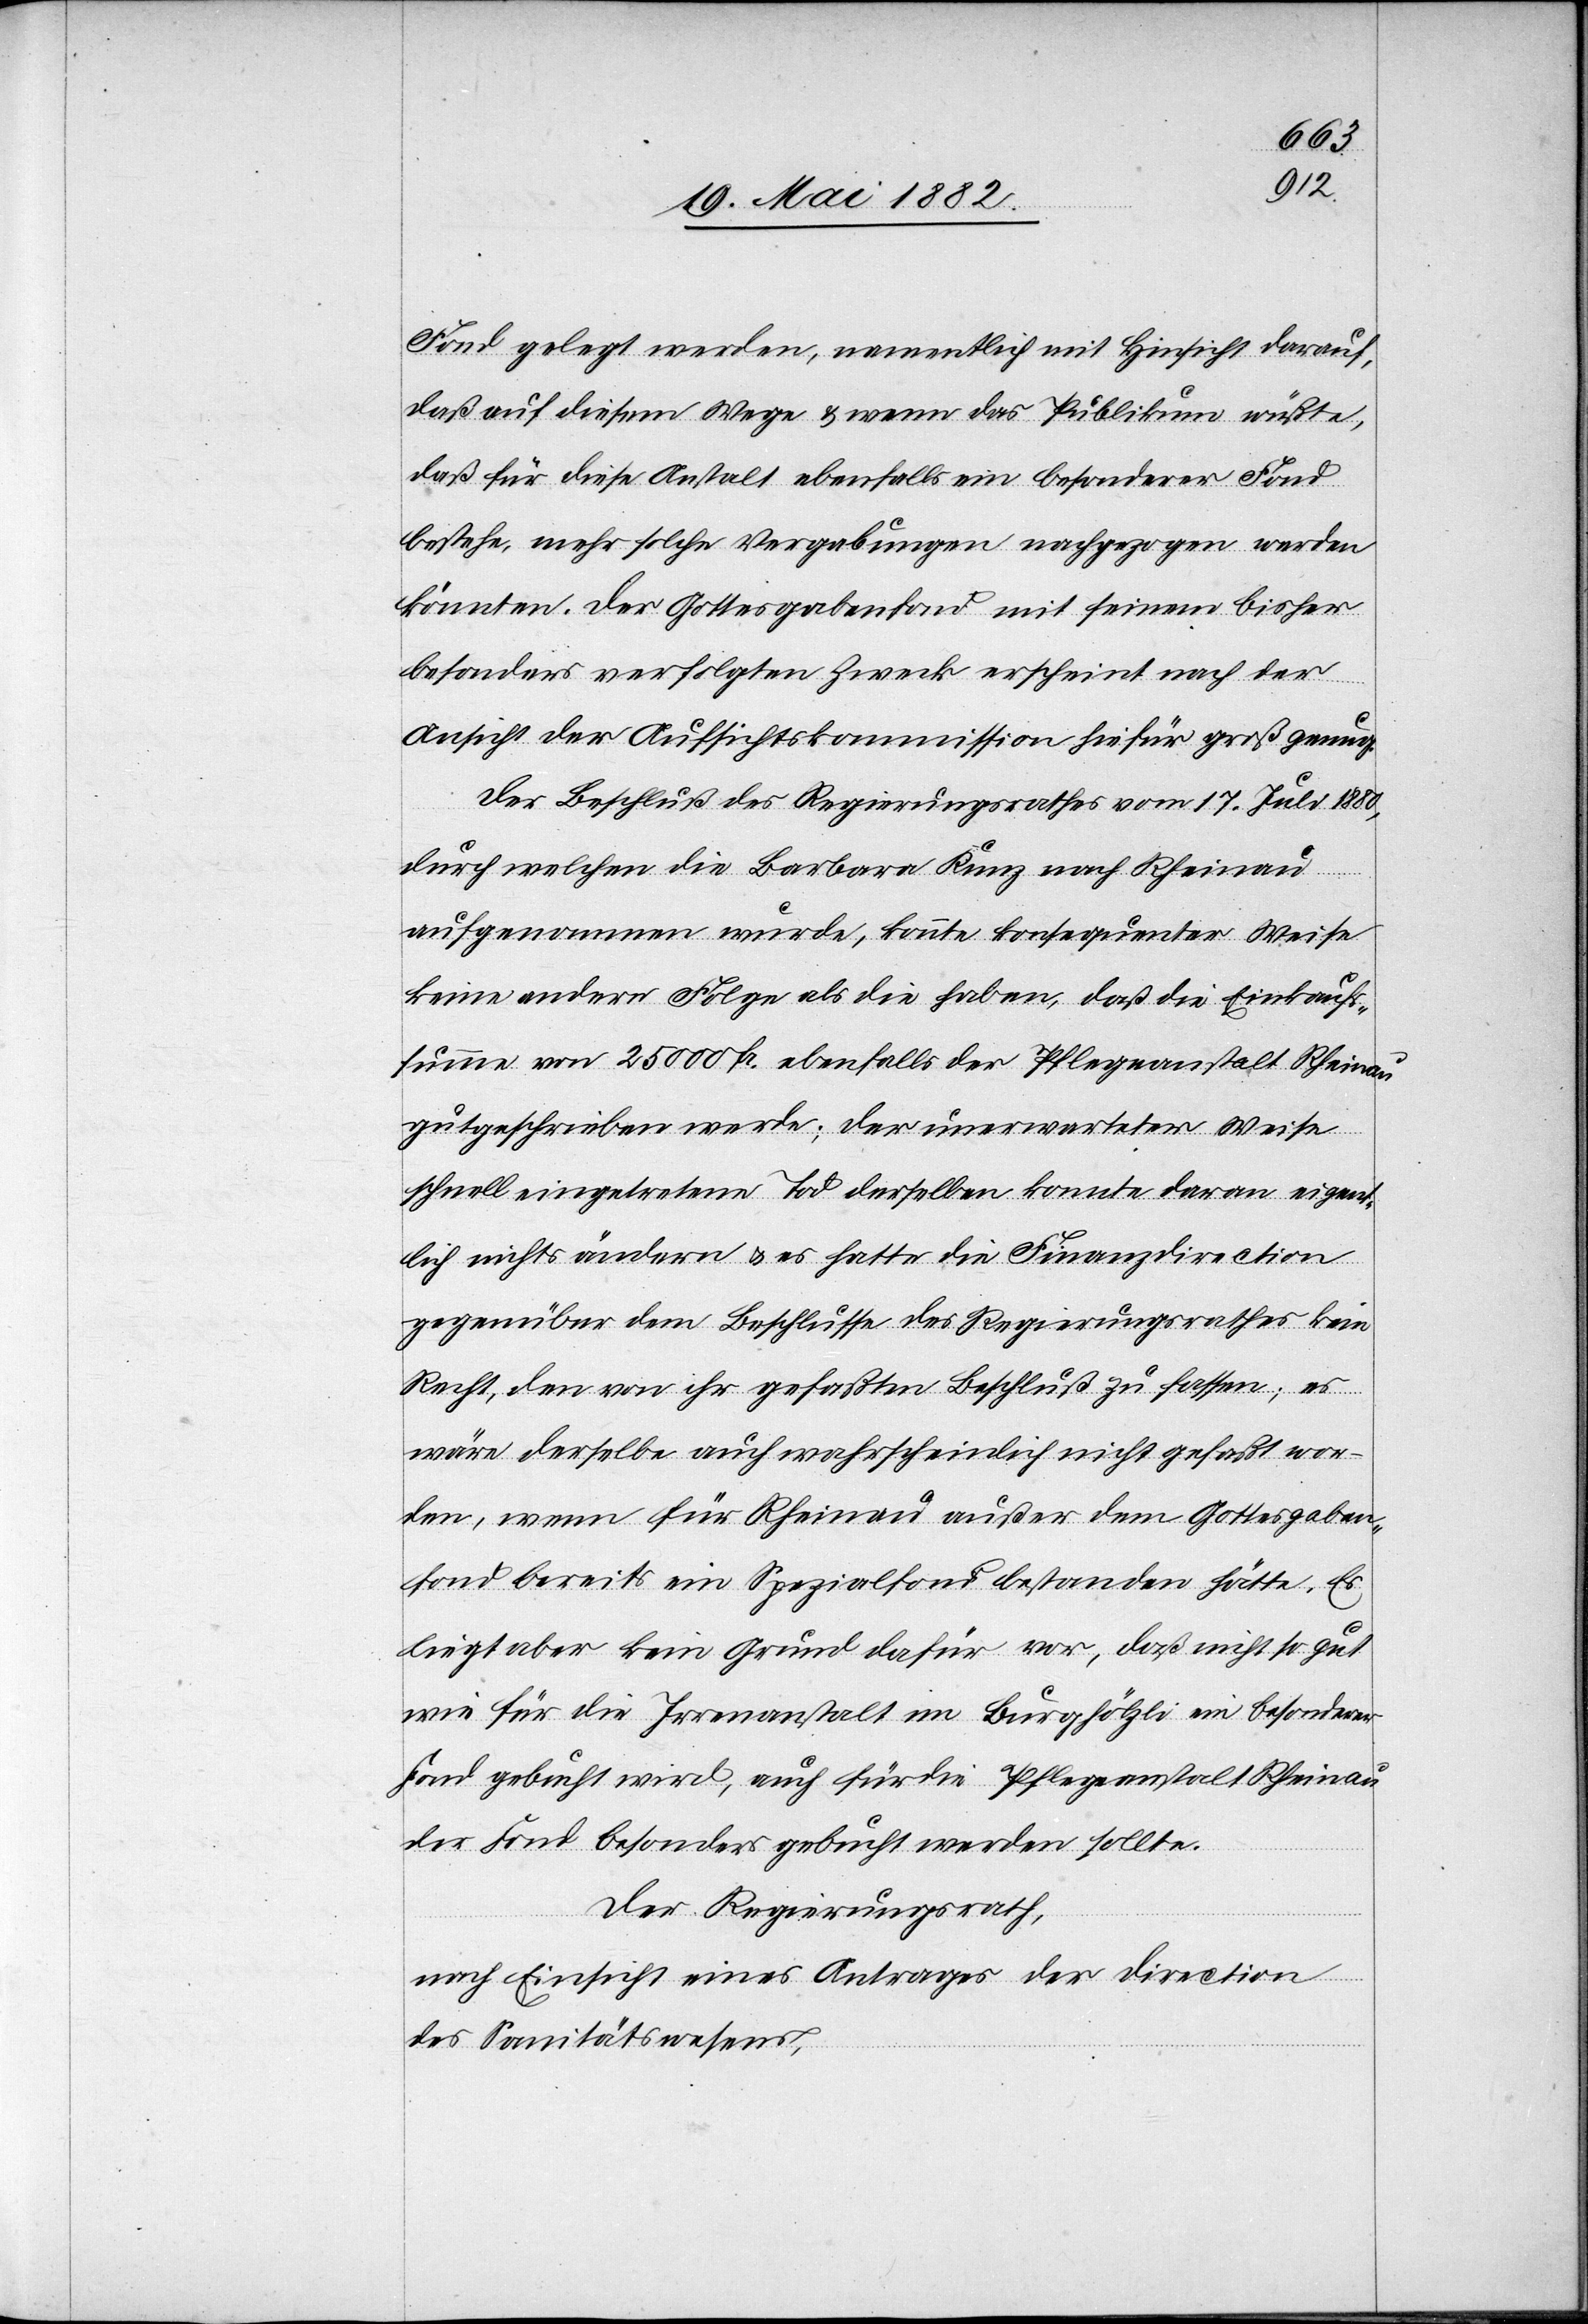
Fond gelegt werden, namentlich mit Hinsicht darauf,
daß auf diesem Wege & wenn das Publikum wüßte,
daß für diese Anstalt ebenfalls ein besonderer Fond
bestehe, mehr solche Vergabungen nachgezogen werden
könnten. Der Gottesgabenfond mit seinem bisher
besonders verfolgten Zweck erscheint nach der
Ansicht der Aufsichtskommission hiefür groß genug.
Der Beschluß des Regierungsrathes vom 17. Juli 1880,
durch welchen die Barbara Kunz nach Rheinau
aufgenommen wurde, könnte konsequenter Weise
keine andere Folge als die haben, daß die Einkaufs¬
summe von 25 000 Fr. ebenfalls der Pflegeanstalt Rheinau
gutgeschrieben werde; der unerwarteter Weise
schnell eingetretene Tod derselben konnte daran eigent¬
lich nichts ändern & es hatte die Finanzdirection
gegenüber dem Beschlusse des Regierungsrathes kein
Recht, den von ihr gefaßten Beschluß zu fassen; es
wäre derselbe auch wahrscheinlich nicht gefaßt wor¬
den, wenn für Rheinau außer dem Gottesgaben¬
fond bereits ein Spezialfond bestanden hätte. Es
liegt aber kein Grund dafür vor, daß nicht so gut
wie für die Irrenanstalt im Burghölzli ein besonderer
Fond gebucht wird, auch für die Pflegeanstalt Rheinau
der Fond besonders gebucht werden sollte.
Der Regierungsrath
nach Einsicht eines Antrages der Direction
des Sanitätswesens,